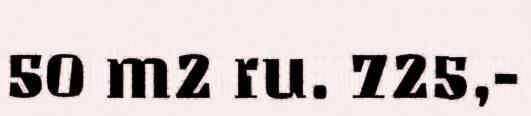
50 m2 ru. 725,-